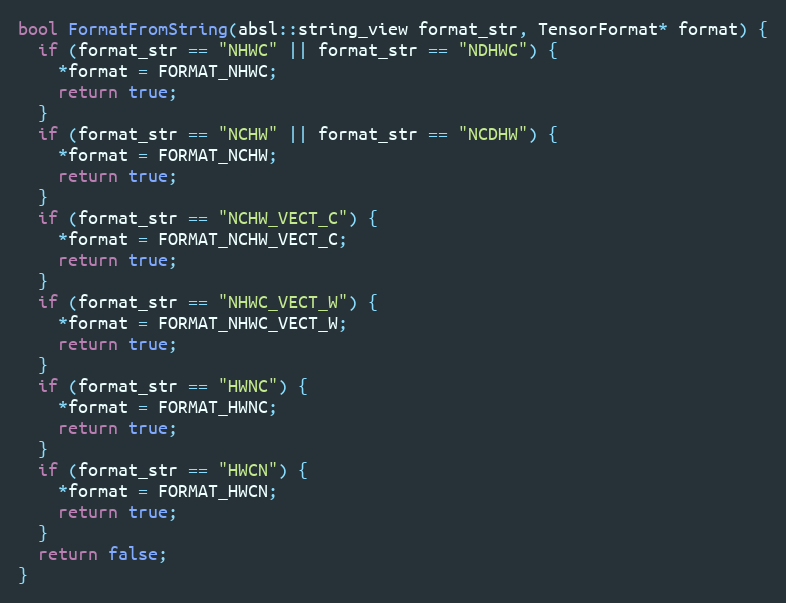
Language: C++
bool FormatFromString(absl::string_view format_str, TensorFormat* format) {
  if (format_str == "NHWC" || format_str == "NDHWC") {
    *format = FORMAT_NHWC;
    return true;
  }
  if (format_str == "NCHW" || format_str == "NCDHW") {
    *format = FORMAT_NCHW;
    return true;
  }
  if (format_str == "NCHW_VECT_C") {
    *format = FORMAT_NCHW_VECT_C;
    return true;
  }
  if (format_str == "NHWC_VECT_W") {
    *format = FORMAT_NHWC_VECT_W;
    return true;
  }
  if (format_str == "HWNC") {
    *format = FORMAT_HWNC;
    return true;
  }
  if (format_str == "HWCN") {
    *format = FORMAT_HWCN;
    return true;
  }
  return false;
}